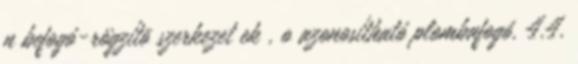
n befogó-rögzítõ szerkezet ek , o azonosítható plombafogó. 4.4.